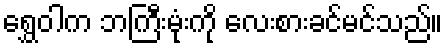
ရွှေဝါက ဘကြီးမုံးကို လေးစားခင်မင်သည်။